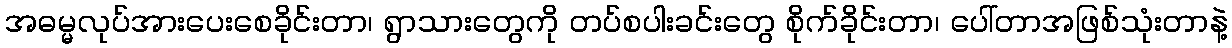
အဓမ္မလုပ်အားပေးစေခိုင်းတာ၊ ရွာသားတွေကို တပ်စပါးခင်းတွေ စိုက်ခိုင်းတာ၊ ပေါ်တာအဖြစ်သုံးတာနဲ့